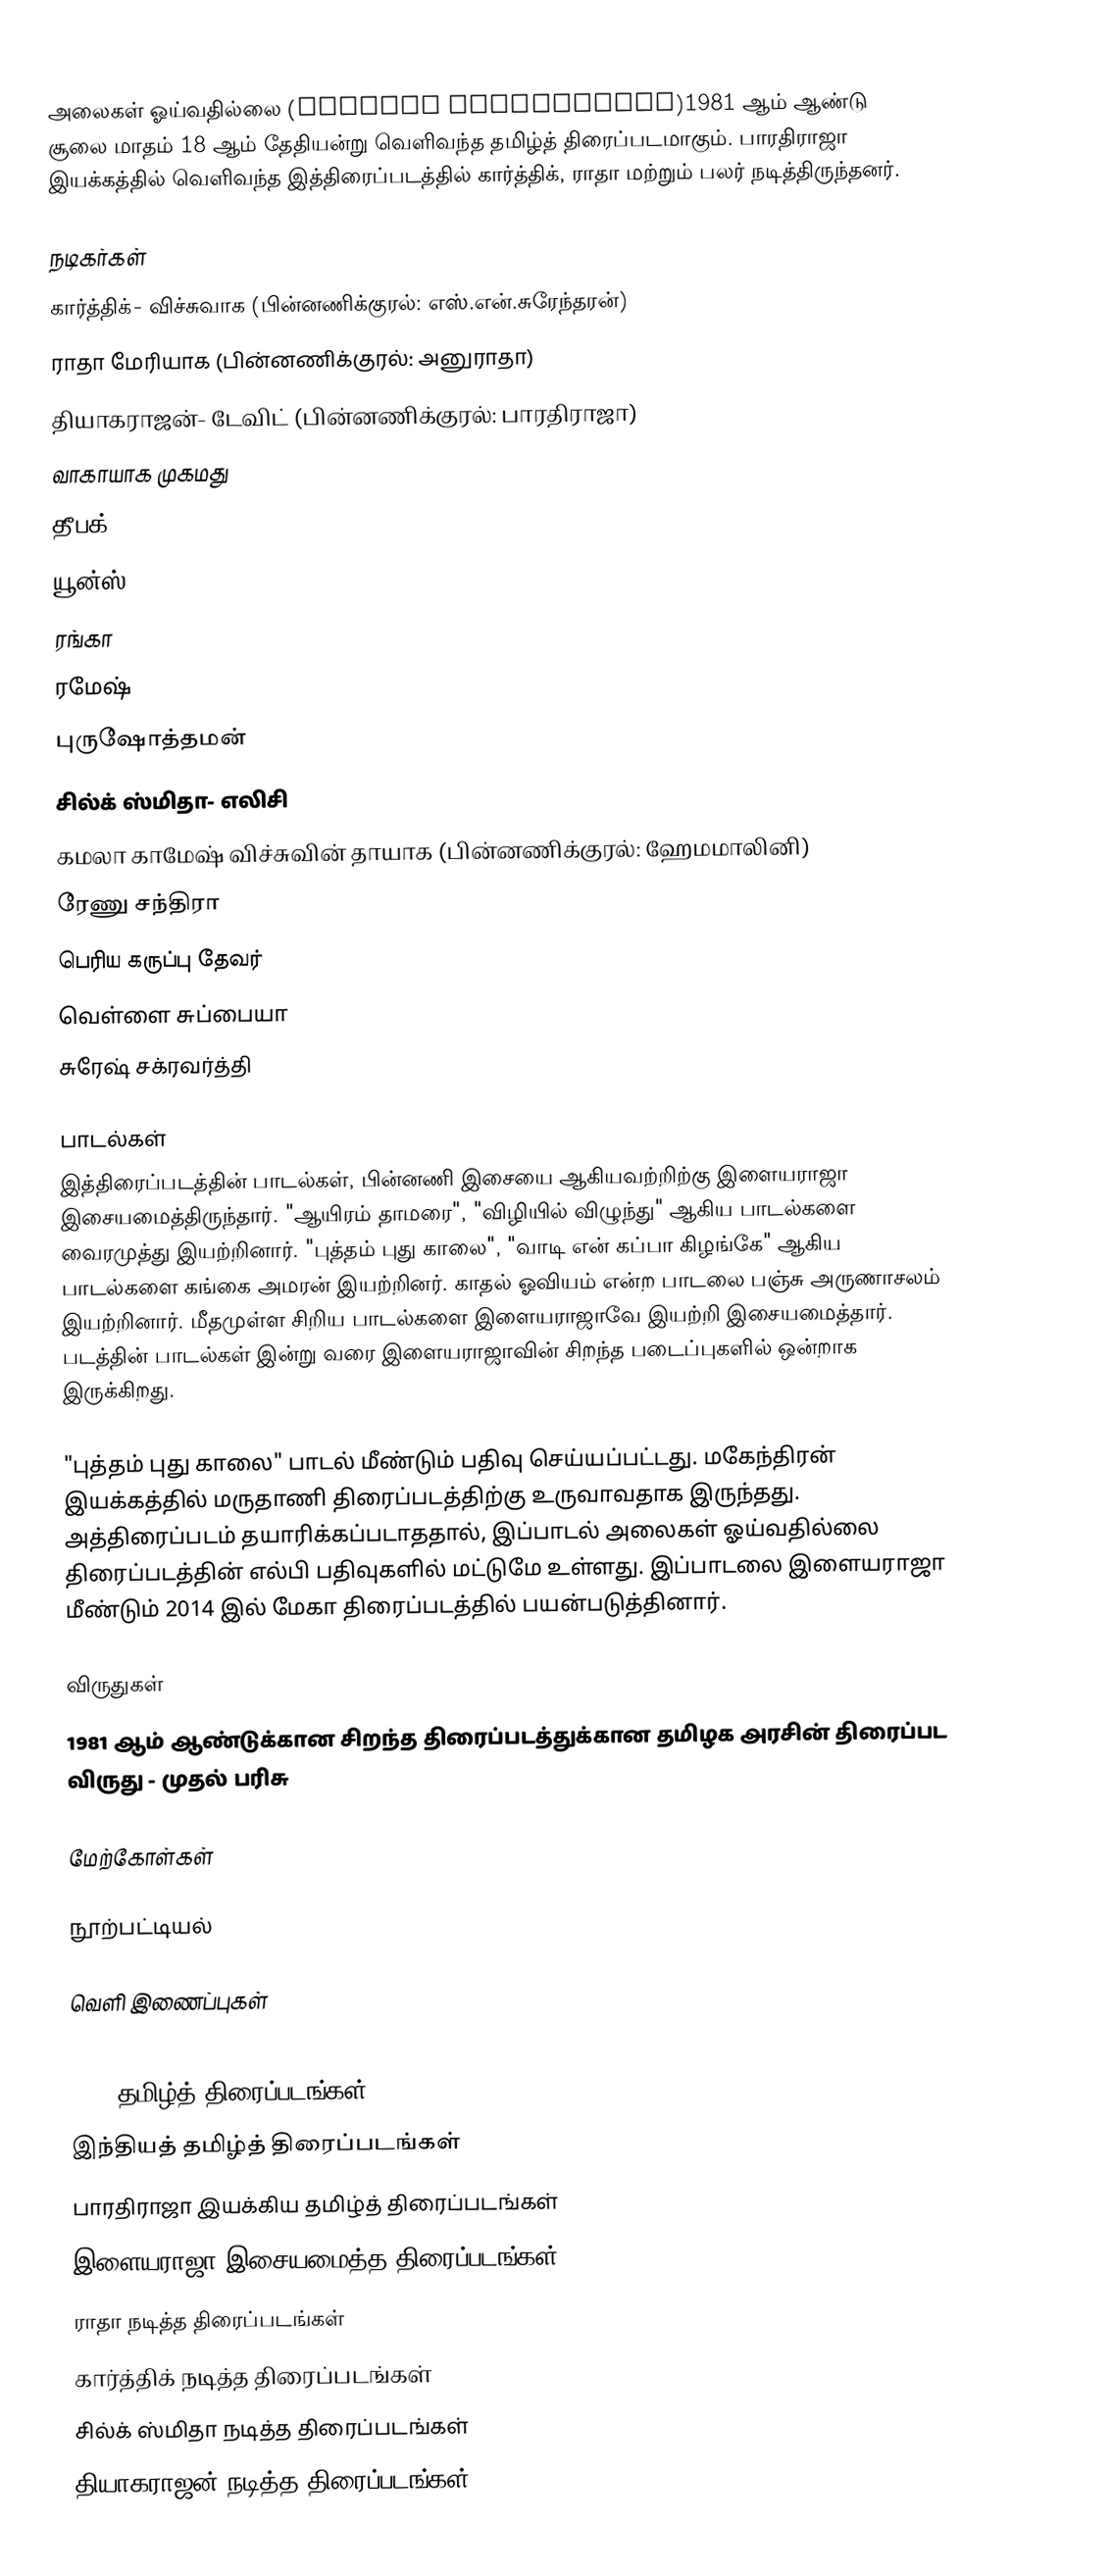
அலைகள் ஓய்வதில்லை (Alaigal Oivathillai)1981 ஆம் ஆண்டு சூலை மாதம் 18 ஆம் தேதியன்று வெளிவந்த தமிழ்த் திரைப்படமாகும். பாரதிராஜா இயக்கத்தில் வெளிவந்த இத்திரைப்படத்தில் கார்த்திக், ராதா மற்றும் பலர் நடித்திருந்தனர்.

நடிகர்கள்
 கார்த்திக்- விச்சுவாக (பின்னணிக்குரல்: எஸ்.என்.சுரேந்தரன்)
 ராதா மேரியாக (பின்னணிக்குரல்: அனுராதா)
 தியாகராஜன்- டேவிட் (பின்னணிக்குரல்: பாரதிராஜா)
 வாகாயாக முகமது
 தீபக்
 யூன்ஸ்
 ரங்கா
 ரமேஷ்
 புருஷோத்தமன்
 சில்க் ஸ்மிதா- எலிசி
 கமலா காமேஷ் விச்சுவின் தாயாக (பின்னணிக்குரல்: ஹேமமாலினி)
 ரேணு சந்திரா
 பெரிய கருப்பு தேவர்
 வெள்ளை சுப்பையா
 சுரேஷ் சக்ரவர்த்தி

பாடல்கள்
இத்திரைப்படத்தின் பாடல்கள், பின்னணி இசையை ஆகியவற்றிற்கு இளையராஜா இசையமைத்திருந்தார். "ஆயிரம் தாமரை", "விழியில் விழுந்து" ஆகிய பாடல்களை வைரமுத்து இயற்றினார். "புத்தம் புது காலை", "வாடி என் கப்பா கிழங்கே" ஆகிய பாடல்களை கங்கை அமரன் இயற்றினர். காதல் ஓவியம் என்ற பாடலை பஞ்சு அருணாசலம் இயற்றினார். மீதமுள்ள சிறிய பாடல்களை இளையராஜாவே இயற்றி இசையமைத்தார். படத்தின் பாடல்கள் இன்று வரை இளையராஜாவின் சிறந்த படைப்புகளில் ஒன்றாக இருக்கிறது.

"புத்தம் புது காலை" பாடல் மீண்டும் பதிவு செய்யப்பட்டது. மகேந்திரன் இயக்கத்தில் மருதாணி திரைப்படத்திற்கு உருவாவதாக இருந்தது. அத்திரைப்படம் தயாரிக்கப்படாததால், இப்பாடல் அலைகள் ஓய்வதில்லை திரைப்படத்தின் எல்பி பதிவுகளில் மட்டுமே உள்ளது. இப்பாடலை இளையராஜா மீண்டும் 2014 இல் மேகா திரைப்படத்தில் பயன்படுத்தினார்.

விருதுகள்
 1981 ஆம் ஆண்டுக்கான சிறந்த திரைப்படத்துக்கான தமிழக அரசின் திரைப்பட விருது  - முதல் பரிசு

மேற்கோள்கள்

நூற்பட்டியல்

வெளி இணைப்புகள்

1981 தமிழ்த் திரைப்படங்கள்
இந்தியத் தமிழ்த் திரைப்படங்கள்
பாரதிராஜா இயக்கிய தமிழ்த் திரைப்படங்கள்
இளையராஜா இசையமைத்த திரைப்படங்கள்
ராதா நடித்த திரைப்படங்கள்
கார்த்திக் நடித்த திரைப்படங்கள்
சில்க் ஸ்மிதா நடித்த திரைப்படங்கள்
தியாகராஜன் நடித்த திரைப்படங்கள்